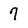
Character: 7